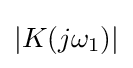
|K(j\omega _{1})|